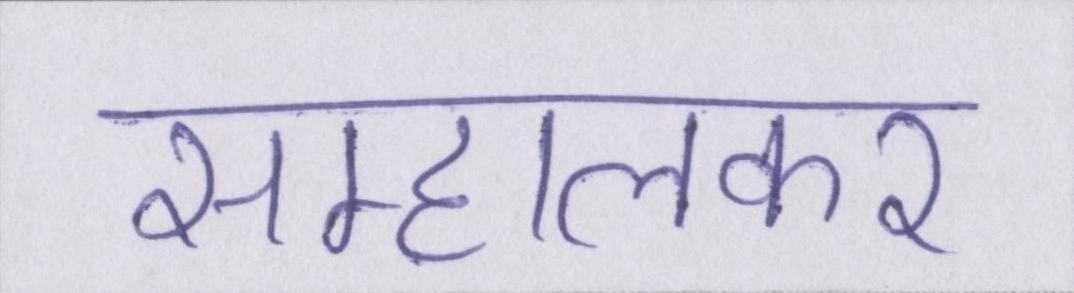
सम्हालकर